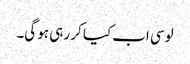
لوسی اب کیا کر رہی ہو گی۔